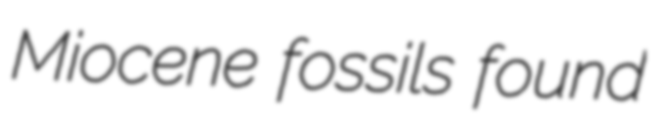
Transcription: Miocene fossils found